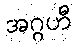
အဂ္ဂဟီ